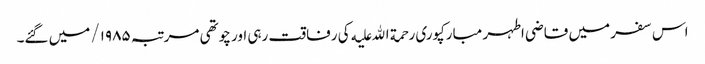
اس سفر میں قاضی اطہر مبارکپوری رحمة الله علیه کی رفاقت رہی اور چوتھی مرتبہ ۱۹۸۵/ میں گئے۔